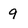
Character: 9